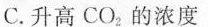
C.升高CO_{2}的浓度